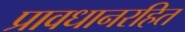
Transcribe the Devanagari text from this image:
प्रावधानरहित